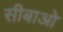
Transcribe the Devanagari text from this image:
सीबाओ